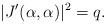
LaTeX: \begin{align*} |J'(\alpha,\alpha)|^2=q.\end{align*}